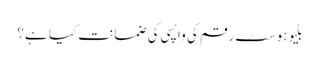
بلیوہوسٹ رقم کی واپسی کی ضمانت کیا ہے؟